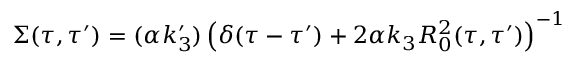
\Sigma ( \tau , \tau ^ { \prime } ) = ( \alpha k _ { 3 } ^ { \prime } ) \left( \delta ( \tau - \tau ^ { \prime } ) + 2 \alpha k _ { 3 } R _ { 0 } ^ { 2 } ( \tau , \tau ^ { \prime } ) \right) ^ { - 1 }